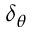
\delta _ { \theta }